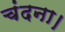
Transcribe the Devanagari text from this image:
चंदना।